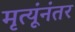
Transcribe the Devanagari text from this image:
मृत्यूंनंतर